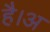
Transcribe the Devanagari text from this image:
है।अ